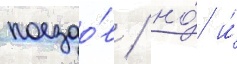
поездо́в / но́ и́